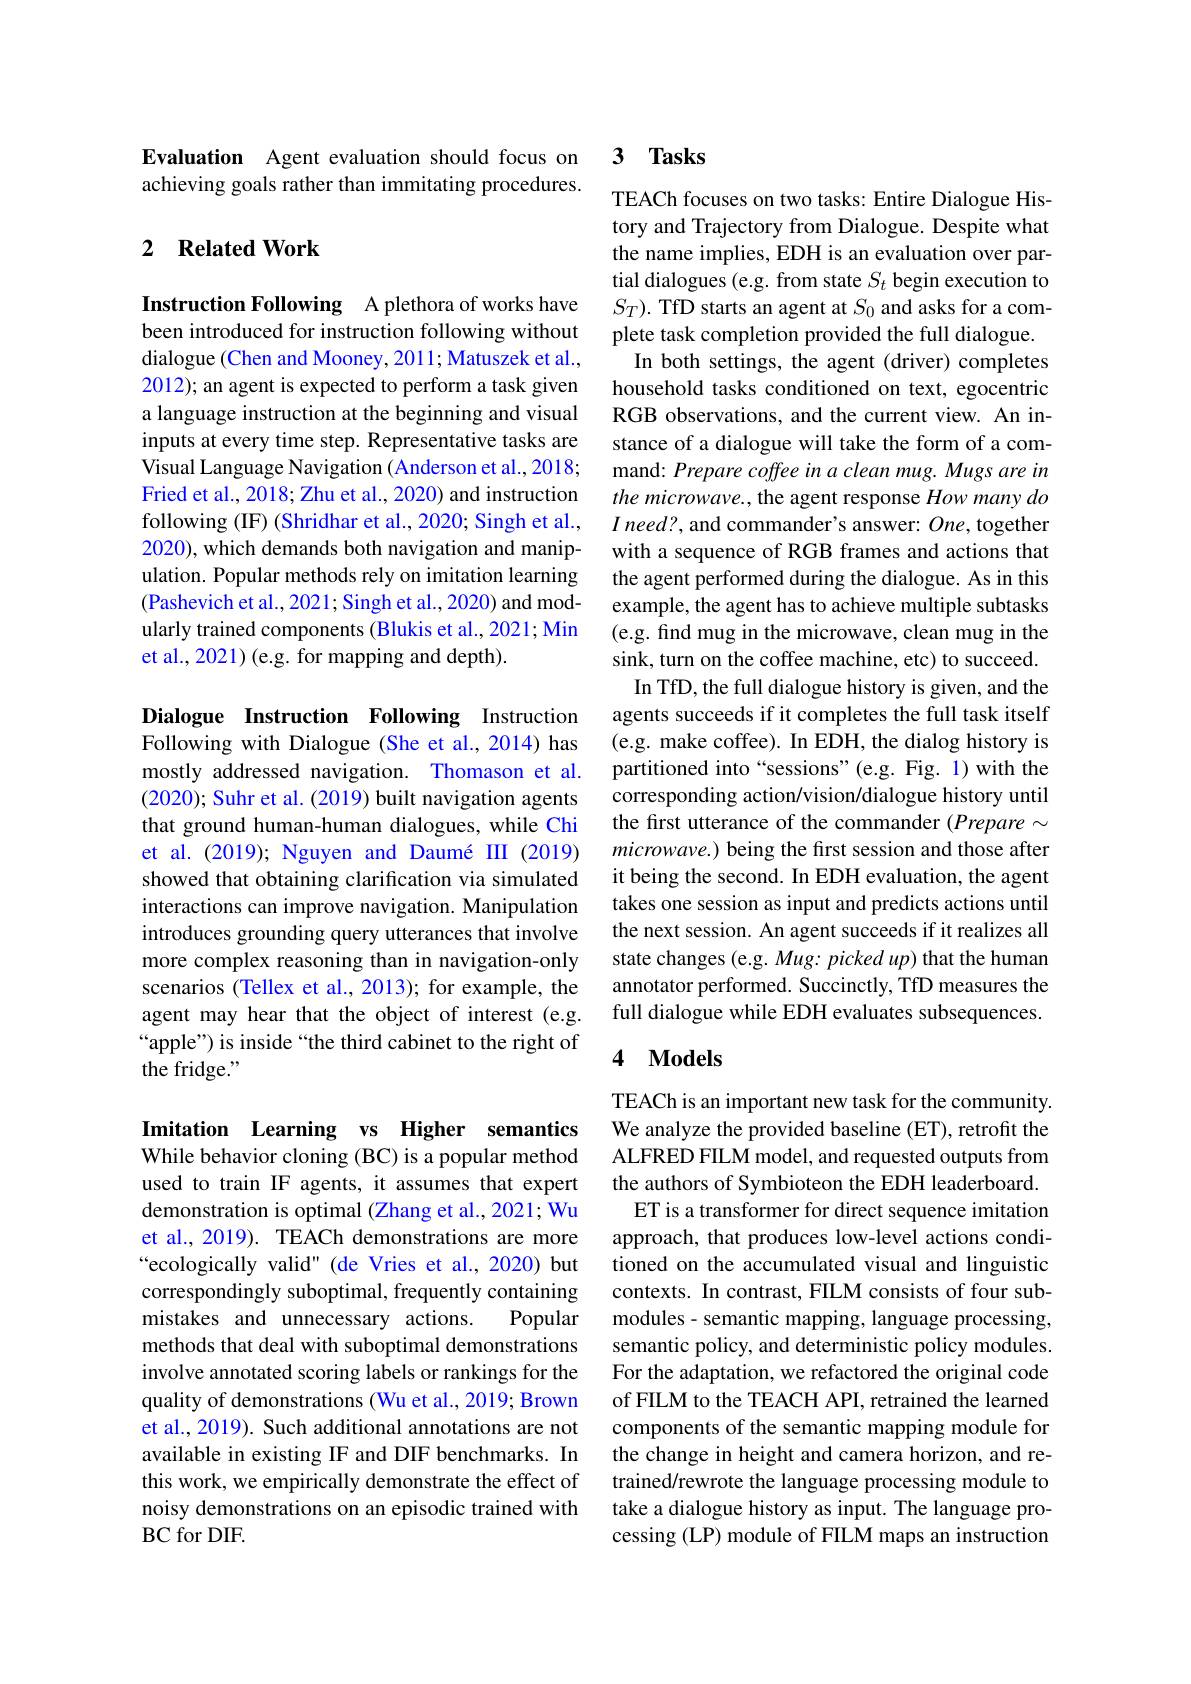
Evaluation Agent evaluation should focus on achieving goals rather than immitating procedures.

### 2 $\textbf{Related Work}$

Instruction Following A plethora of works have been introduced for instruction following without dialogue (Chen and Mooney, 2011; Matuszek et al., 2012); an agent is expected to perform a task given a language instruction at the beginning and visual inputs at every time step. Representative tasks are Visual Language Navigation (Anderson et al., 2018; Fried et al., 2018; Zhu et al., 2020) and instruction following (IF) (Shridhar et al., 2020; Singh et al., 2020), which demands both navigation and manipulation. Popular methods rely on imitation learning (Pashevich et al., 2021; Singh et al., 2020) and modularly trained components (Blukis et al., 2021; Min et al., 2021) (e.g. for mapping and depth).

Dialogue Instruction Following Instruction Following with Dialogue (She et al., 2014) has mostly addressed navigation. Thomason et al. (2020); Suhr et al. (2019) built navigation agents that ground human-human dialogues, while Chi et al.(2019); Nguyen and Daumé III (2019) showed that obtaining clarification via simulated interactions can improve navigation. Manipulation introduces grounding query utterances that involve more complex reasoning than in navigation-only scenarios (Tellex et al., 2013); for example, the agent may hear that the object of interest (e.g. “apple”) is inside “the third cabinet to the right of the fridge."

Imitation Learning vs Higher semantics While behavior cloning (BC) is a popular method used to train IF agents, it assumes that expert demonstration is optimal (Zhang et al., 2021; Wu et al., 2019). TEACh demonstrations are more “ecologically valid" (de Vries et al., 2020) but correspondingly suboptimal, frequently containing mistakes and unnecessary actions.
Popular
methods that deal with suboptimal demonstrations involve annotated scoring labels or rankings for the quality of demonstrations (Wu et al., 2019; Brown et al., 2019). Such additional annotations are not available in existing IF and DIF benchmarks. In this work, we empirically demonstrate the effect of noisy demonstrations on an episodic trained with BC for DIF.

### 3 $\mathbf{Tasks}$

TEACh focuses on two tasks: Entire Dialogue History and Trajectory from Dialogue. Despite what the name implies, EDH is an evaluation over partial dialogues (e.g. from state $S_{t}$ begin execution to $S_T).$ TfD starts an agent at $S_0$ and asks for a complete task completion provided the full dialogue. In both settings, the agent (driver) completes household tasks conditioned on text, egocentric RGB observations, and the current view. An instance of a dialogue will take the form of a command: Prepare coffee in a clean mug. Mugs are in the microwave., the agent response How many do $I$ need?, and commander's answer: $One$, together with a sequence of RGB frames and actions that the agent performed during the dialogue. As in this example, the agent has to achieve multiple subtasks (e.g. find mug in the microwave, clean mug in the sink, turn on the coffee machine, etc) to succeed.
In TfD, the full dialogue history is given, and the agents succeeds if it completes the full task itself (e.g. make coffee). In EDH, the dialog history is partitioned into “sessions”(e.g. Fig. 1) with the corresponding action/vision/dialogue history until the first utterance of the commander (Prepare $\sim$ microwave.) being the first session and those after it being the second. In EDH evaluation, the agent takes one session as input and predicts actions until the next session. An agent succeeds if it realizes all state changes (e.g. Mug: picked up) that the human annotator performed. Succinctly, TfD measures the full dialogue while EDH evaluates subsequences. 4 $\mathbf{Models}$

TEACh is an important new task for the community. We analyze the provided baseline (ET), retrofit the ALFRED FILM model, and requested outputs from the authors of Symbioteon the EDH leaderboard. ET is a transformer for direct sequence imitation approach, that produces low-level actions conditioned on the accumulated visual and linguistic contexts. In contrast, FILM consists of four submodules- semantic mapping, language processing, semantic policy, and deterministic policy modules. For the adaptation, we refactored the original code of FILM to the TEACH API, retrained the learned components of the semantic mapping module for the change in height and camera horizon, and retrained/rewrote the language processing module to take a dialogue history as input. The language processing (LP) module of FILM maps an instruction